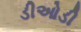
ડીઓડી